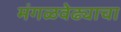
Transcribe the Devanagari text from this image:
मंगळवेढ्याचा